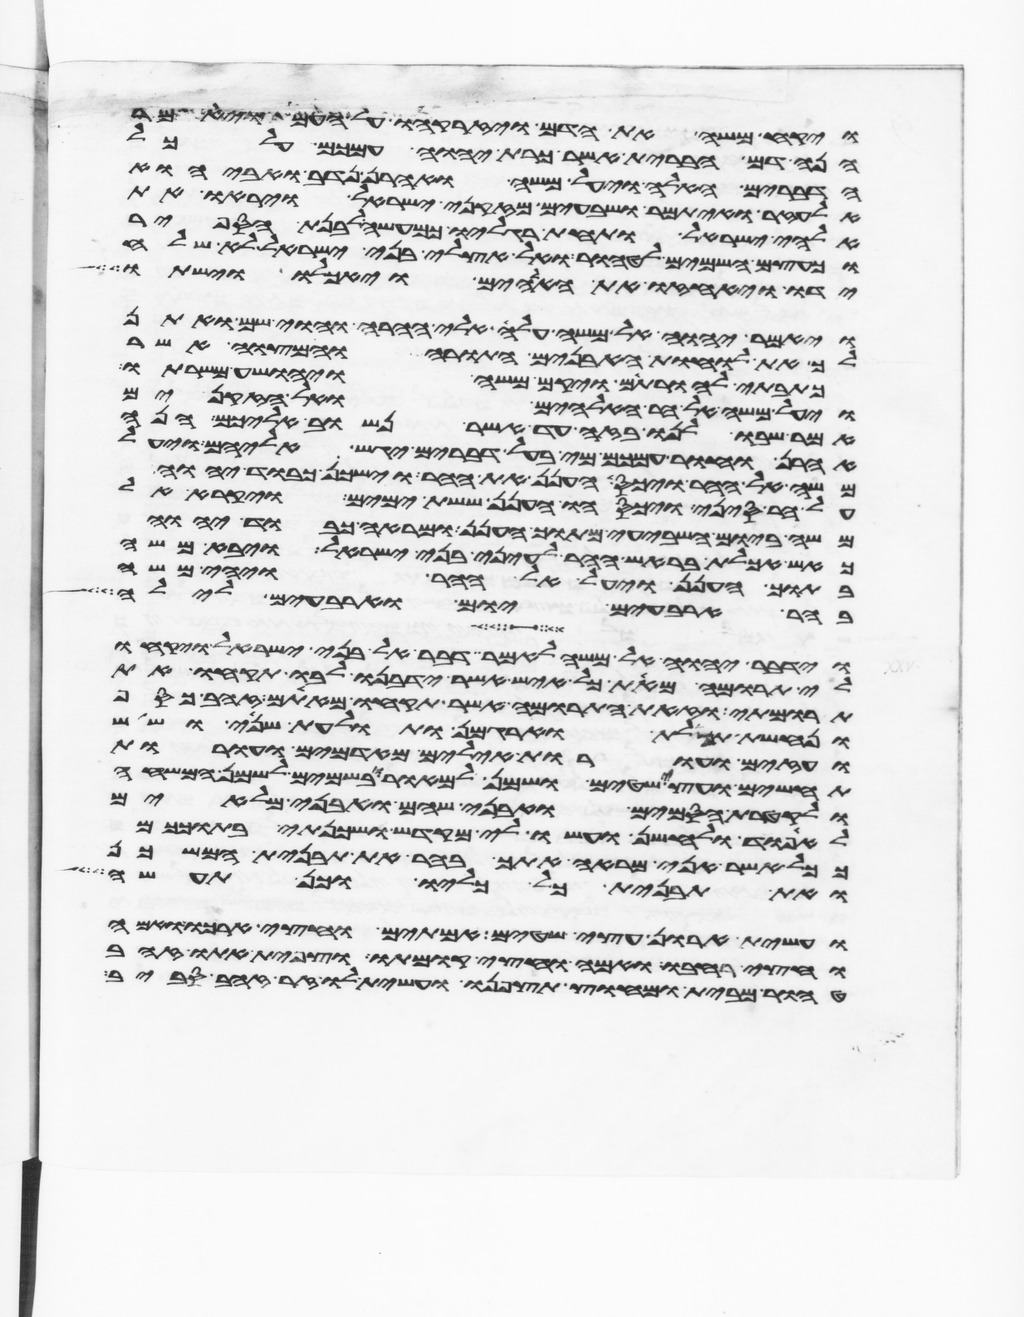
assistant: ויקח משה את הדם ויזרקהו על העם ויאמר
הנה דם הברית אשר כרת יהוה עמכם על כל
הדברים האלה ויעל משה ואהרן נדב ואביהוא
אלעזר ואיתמר ושבעים מזקני ישראל ויראו את
אלהי ישראל ותחת רגליו כמעשה לבנת הספיר
וכעצם השמים לטהור ואל אצלי בני ישראל לא שלח
ידו ויאחזו את האלהים ויאכלו וישתו
ויאמר יהוה אל משה עלה אלי ההרה והוי שם ואתן
לך את לוחת האבנים התורה והמצוה אשר
כתבתי להורתם ויקם משה ויהושע משרתו
ויעל משה אל הר האלהים ואל הזקנים
אמר שבו לנו בזה עד אשר נשוב אליכם הנה
אהרן וחור עמכם מי בעל דברים יגש אליהם ויעל
משה אל ההר ויכס הענן את ההר וישכן כבוד יהוה
על הר סיני ויכסהו הענן ששת ימים ויקרא אל
משה ביום השביעי מתוך הענן ומראה כבוד יהוה
כאש אכלת בראש ההר לעיני בני ישראל ויבא משה
בתוך הענן ויעל אל ההר ויהי משה
בהר ארבעים יום וארבעים לילה
וידבר יהוה אל משה לאמר דבר אל בני ישראל ויקחו
לי תרומה מאת כל איש אשר ידבנו לבו תקחו את
תרומתי וזאת התרומה אשר תקחו מאתם זהב כסף
ונחשת תכלת וארגמן ותולעת שני ושש
ועזים ועורות אילים מאדמים ועורות
תחשים ועצי שטים ושמן למאור ובשמים לשמן המשחה
ולקטרת הסמים ואבני שהם ואבני מלאים
לאפוד ולחשן ועשו לי מקדש ושכנתי בתוככם
ככל אשר אני מראה אתך בהר את תבנית המשכן
ואת תבנית כל כליו וכן תעשה
ועשית ארון עצי שטים אמתים וחצי ארכו ואמה
וחצי רחבו ואמה וחצי קומתו וצפית אתו זהב
טהור מבית ומחוץ תצפנו ועשית לו זר זהב סביב